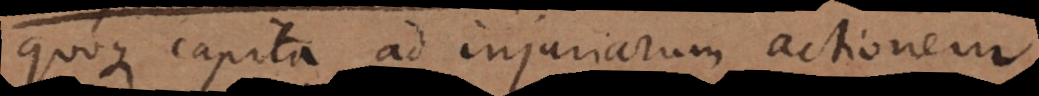
quoque capita ad injuriarum actionem